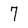
Character: 7